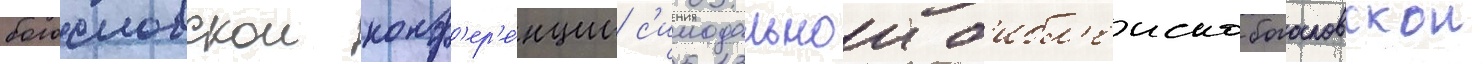
богословскои конф'ер'е́нции с'инодальнои б'ибл'еиско-богословскои